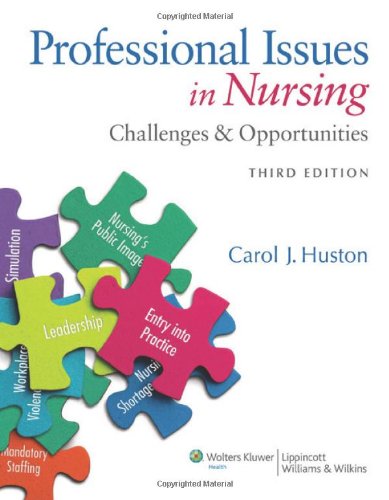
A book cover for Professional Issues in Nursing: Challenges and Opportunities; Carol J. Huston MSN  MPA  DPA; Medical Books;